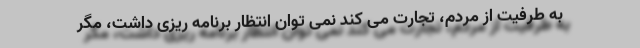
به طرفیت از مردم، تجارت می کند نمی توان انتظار برنامه ریزی داشت، مگر